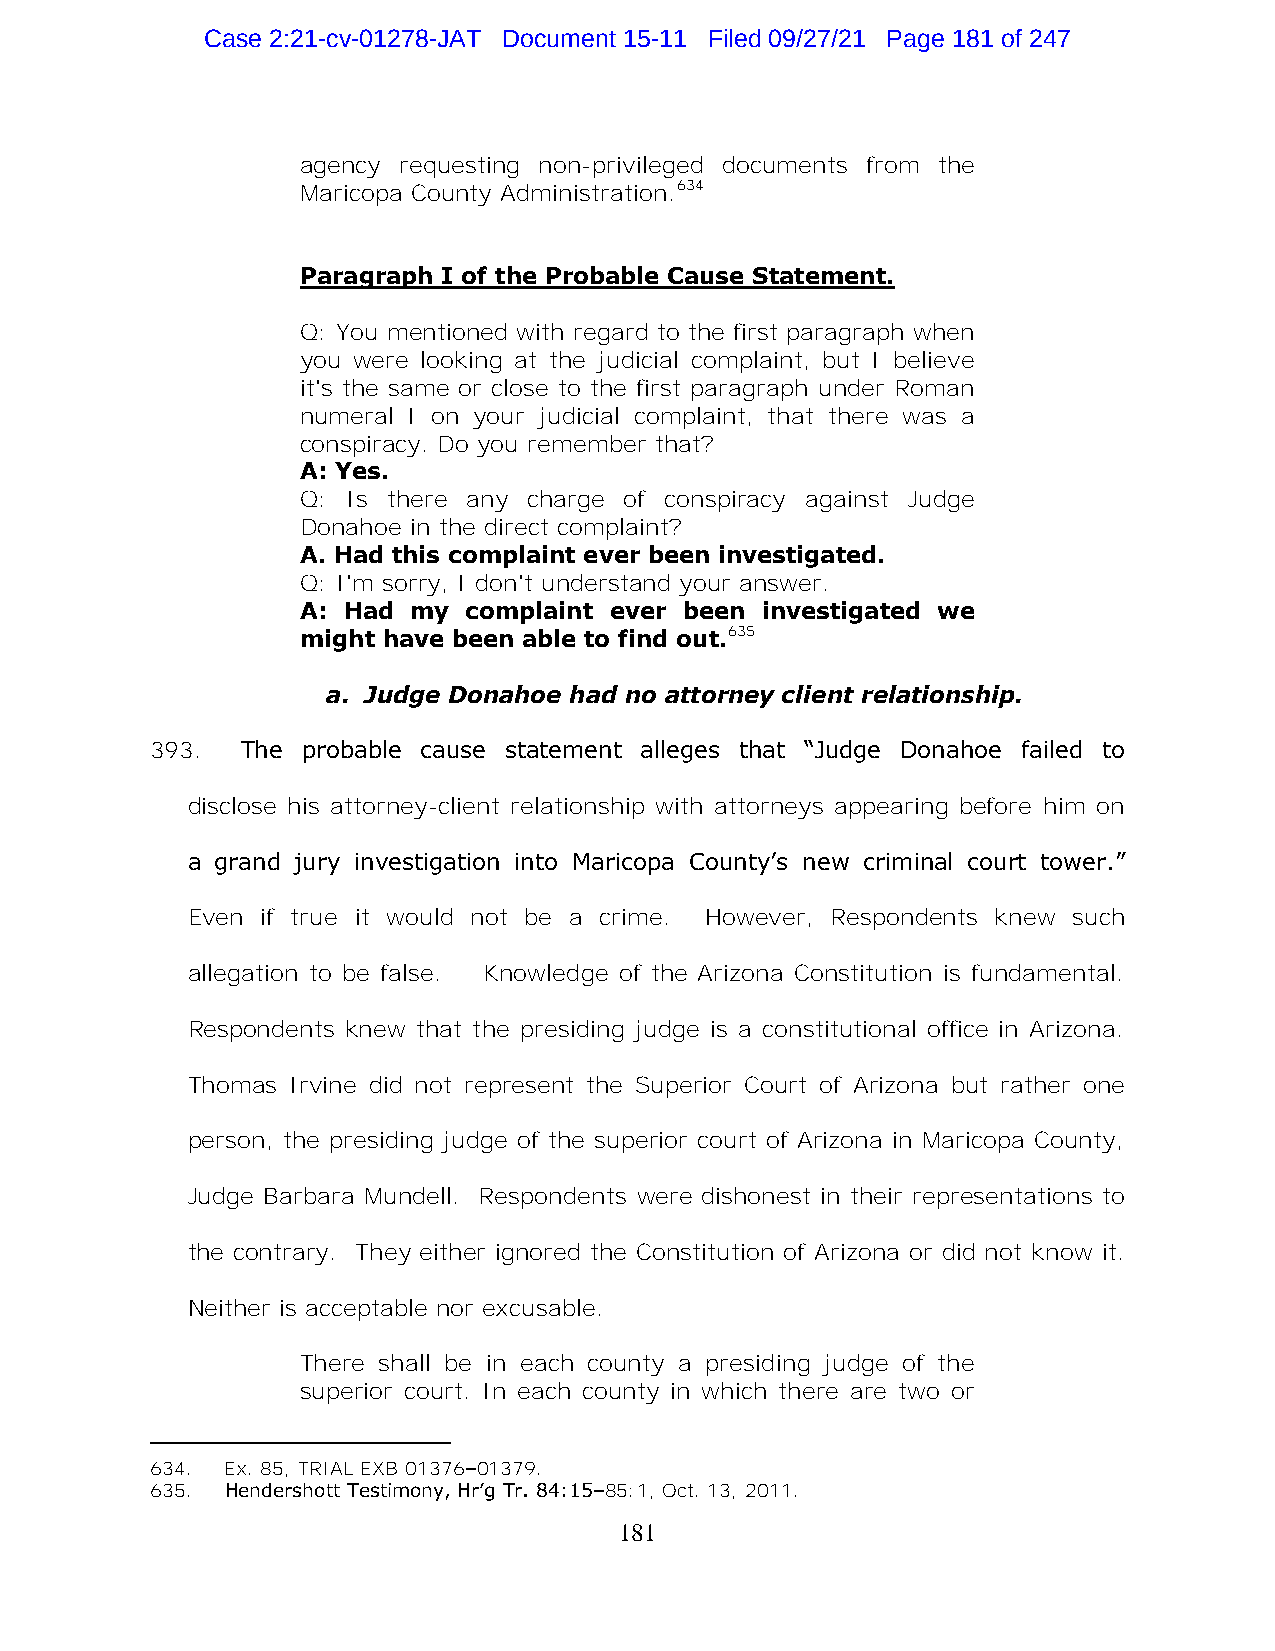
Case 2:21-cv-01278-JAT Document 15-11 Filed 09/27/21 Page 181 of 247
 agency requesting non-privileged documents from the
 Maricopa County Administration.634
 Paragraph I of the Probable Cause Statement.
 Q: You mentioned with regard to the first paragraph when
 you were looking at the judicial complaint, but I believe
 it's the same or close to the first paragraph under Roman
 numeral I on your judicial complaint, that there was a
 conspiracy. Do you remember that?
 A: Yes.
 Q: Is there any charge of conspiracy against Judge
 Donahoe in the direct complaint?
 A. Had this complaint ever been investigated.
 Q: I'm sorry, I don't understand your answer.
 A: Had my  complaint ever been investigated we
 might have been able to find out.635
 a. Judge Donahoe had no attorney client relationship.
 393.  The probable cause statement alleges that “Judge Donahoe failed to
 disclose his attorney-client relationship with attorneys appearing before him on
 a grand jury investigation into Maricopa County’s new criminal court tower.”
 Even if true it would not be a crime. However, Respondents knew such
 allegation to be false. Knowledge of the Arizona Constitution is fundamental.
 Respondents knew that the presiding judge is a constitutional office in Arizona.
 Thomas Irvine did not represent the Superior Court of Arizona but rather one
 person, the presiding judge of the superior court of Arizona in Maricopa County,
 Judge Barbara Mundell. Respondents were dishonest in their representations to
 the contrary. They either ignored the Constitution of Arizona or did not know it.
 Neither is acceptable nor excusable.
 There shall be in each county a presiding judge of the
 superior court. In each county in which there are two or
 634. Ex. 85, TRIAL EXB 01376–01379.
 635. Hendershott Testimony, Hr’g Tr. 84:15–85:1, Oct. 13, 2011.
 181